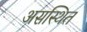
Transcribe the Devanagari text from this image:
असस्थित